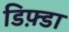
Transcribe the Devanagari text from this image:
डिफ़्डा